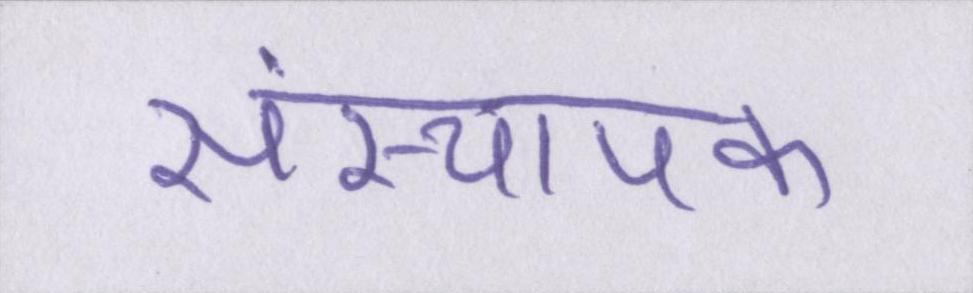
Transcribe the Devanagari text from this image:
संस्थापक